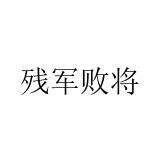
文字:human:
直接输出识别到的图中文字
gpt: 残军败将